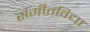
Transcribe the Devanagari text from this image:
संगीतविद्या